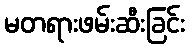
မတရားဖမ်းဆီးခြင်း